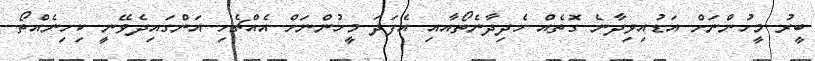
ބީރު މީހުންނަށް އަޑުއިވިދާނެ ގޮތެއް ހެދިދާނެތޯއާއި އެފަދަ މީހުންނަށް އެއްޗެހި އަންގައިދެވޭނީ ކިހިނެއްތޯ